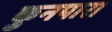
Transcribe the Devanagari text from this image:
कुनपारा